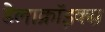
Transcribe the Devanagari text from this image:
डेलाक्रॉइक्स